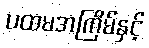
ပထမအကြိမ်နှင့်